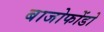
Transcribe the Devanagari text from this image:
बाजोफोंडो